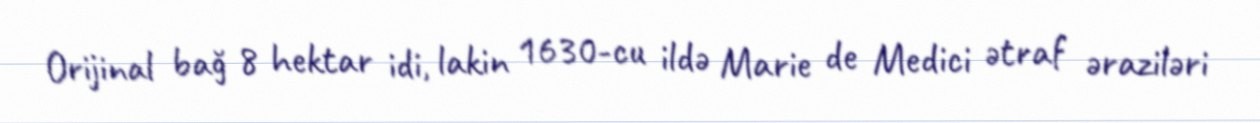
Orijinal bağ 8 hektar idi, lakin 1630-cu ildə Marie de Medici ətraf əraziləri